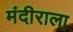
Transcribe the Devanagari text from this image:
मंदीराला